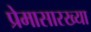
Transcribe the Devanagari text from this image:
प्रेमासारख्या